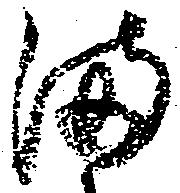
満